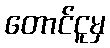
တောင်ငူမှ